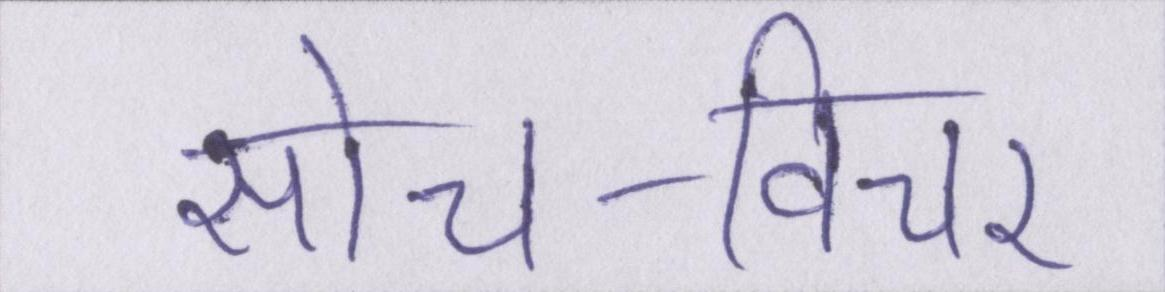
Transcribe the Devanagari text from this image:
सोच-विचार